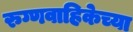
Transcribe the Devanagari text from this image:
रुग्णवाहिकेच्या